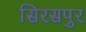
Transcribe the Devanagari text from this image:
सिरसपुर